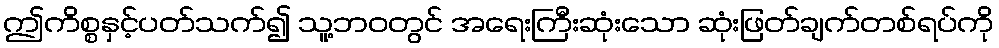
ဤကိစ္စနှင့်ပတ်သက်၍ သူ့ဘဝတွင် အရေးကြီးဆုံးသော ဆုံးဖြတ်ချက်တစ်ရပ်ကို